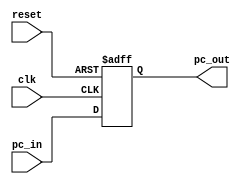
/////////////////////////////////////////////
// Advanced Computer Architecture (CO502)  //
// Design : Program Counter                // 
// Group  : 2                              //
/////////////////////////////////////////////

module ProgramCounter(
    input wire clk,              // Input: Clock signal
    input wire [31:0] pc_in,     // Input: New program counter value
    input wire reset,            // Input: Reset signal
    output wire [31:0] pc_out    // Output: Current program counter value
);

//32-bit register for the program counter
reg [31:0] pc_register;

// Always block for updating the program counter
always @(posedge clk or posedge reset) begin
    if (reset) begin
        // Reset the program counter to an initial value
        pc_register <= 32'h0;
    end else begin
        // Update the program counter with the new value from pc_in
        pc_register <= pc_in;
    end
end

// Assign the current program counter value to the output
assign pc_out = pc_register;

endmodule